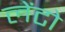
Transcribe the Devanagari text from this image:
लेंटो